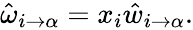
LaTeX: \begin{array}{r}{\hat{\omega}_{i\to\alpha}=x_{i}\hat{w}_{i\to\alpha}.}\end{array}